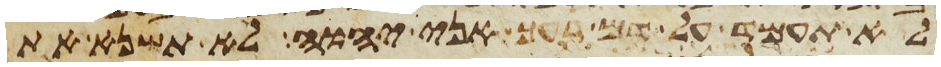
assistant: ולא תעמד על דם רעך אני יהוה לא תשנא את